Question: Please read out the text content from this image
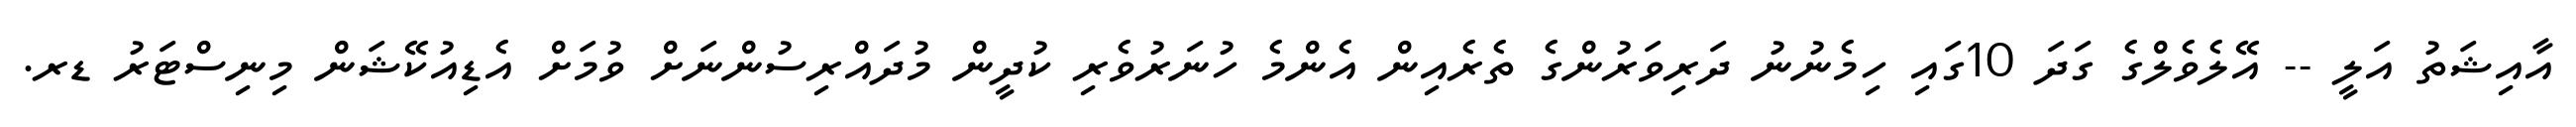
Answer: އާއިޝަތު އަލީ -- އޭލެވެލްގެ ގަދަ 10ގައި ހިމެނުނު ދަރިވަރުންގެ ތެރެއިން އެންމެ ހުނަރުވެރި ކުދީން މުދައްރިސުންނަށް ވުމަށް އެޑިއުކޭޝަން މިނިސްޓަރު ޑރ.